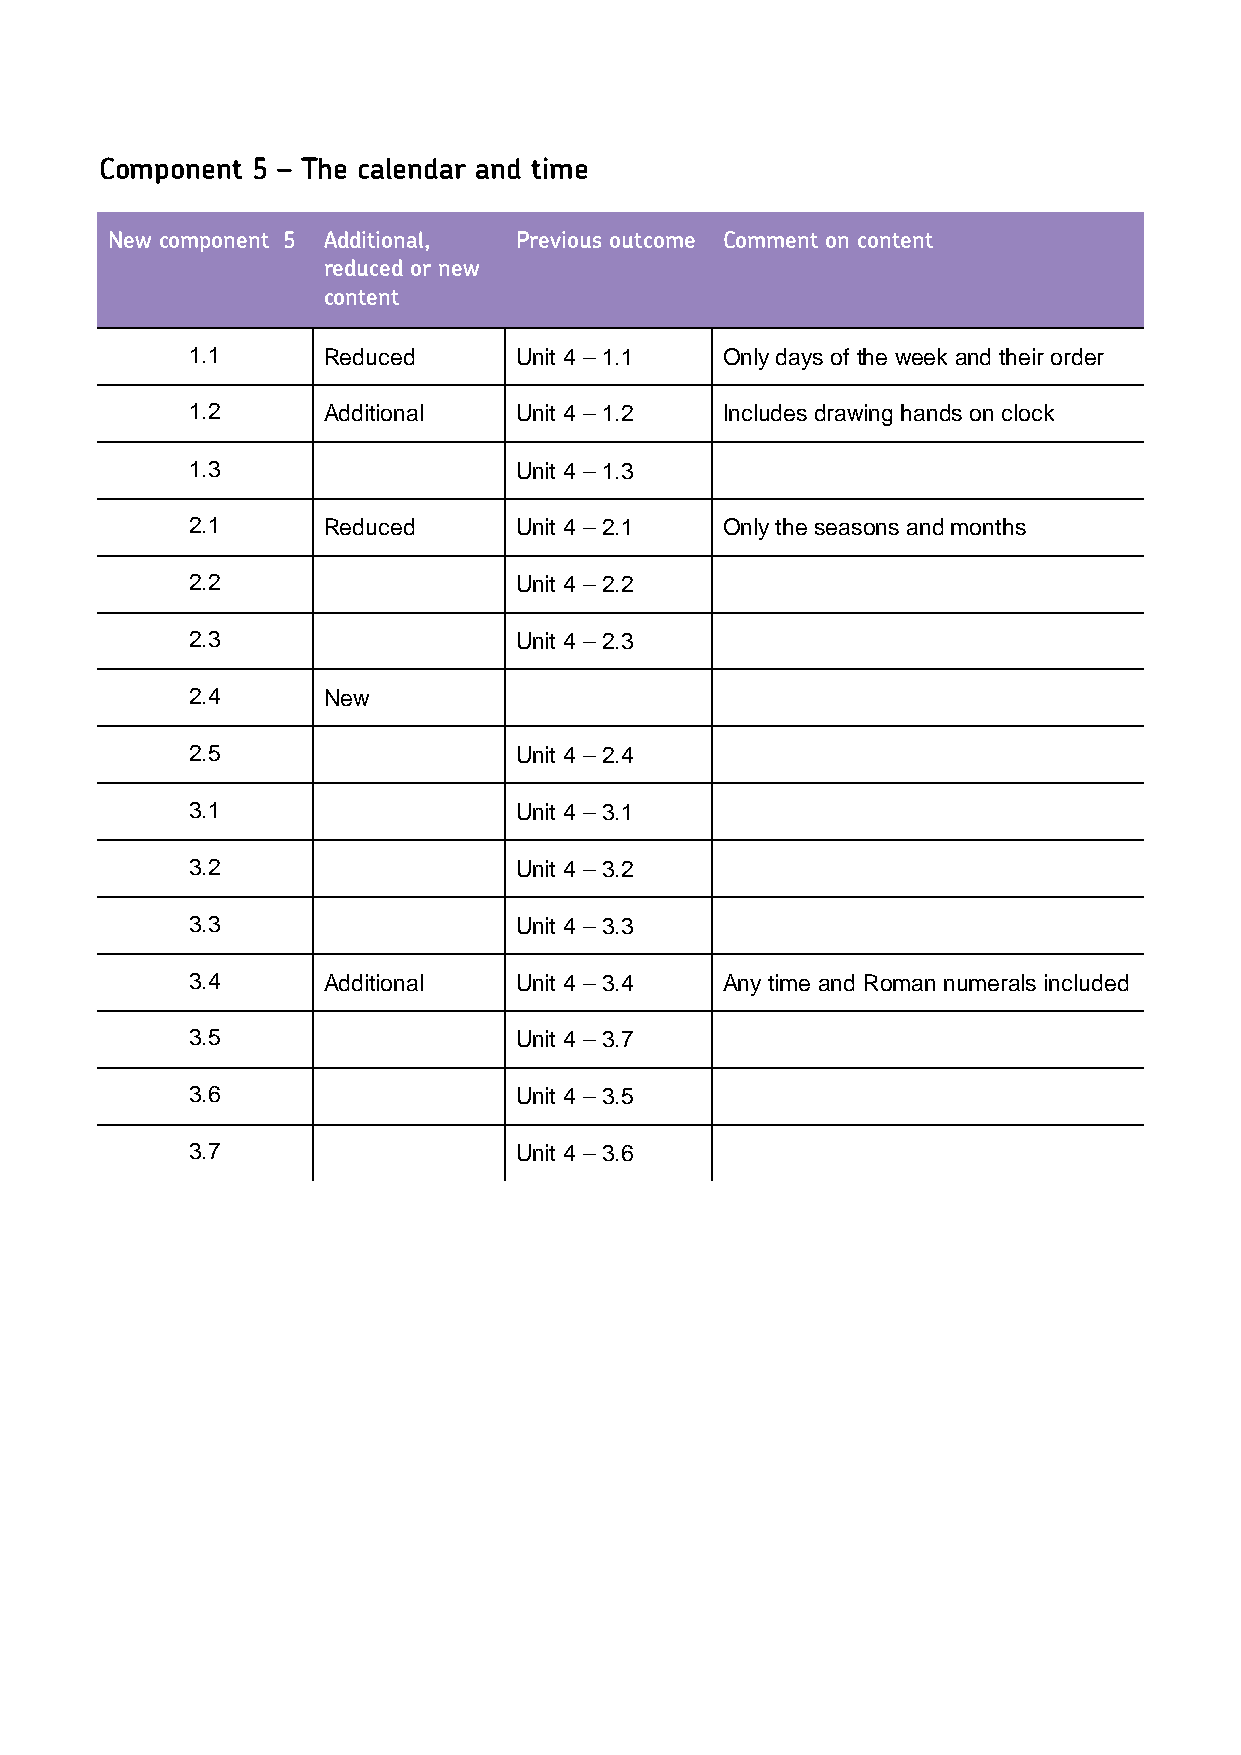
Component 5 – The calendar and time
 New component 5 Additional, Previous outcome Comment on content
 reduced or new
 content
 1.1      Reduced      Unit 4 – 1.1  Only days of the week and their order
 1.2      Additional   Unit 4 – 1.2  Includes drawing hands on clock
 1.3                   Unit 4 – 1.3
 2.1      Reduced      Unit 4 – 2.1  Only the seasons and months
 2.2                   Unit 4 – 2.2
 2.3                   Unit 4 – 2.3
 2.4      New
 2.5                   Unit 4 – 2.4
 3.1                   Unit 4 – 3.1
 3.2                   Unit 4 – 3.2
 3.3                   Unit 4 – 3.3
 3.4      Additional   Unit 4 – 3.4  Any time and Roman numerals included
 3.5                   Unit 4 – 3.7
 3.6                   Unit 4 – 3.5
 3.7                   Unit 4 – 3.6